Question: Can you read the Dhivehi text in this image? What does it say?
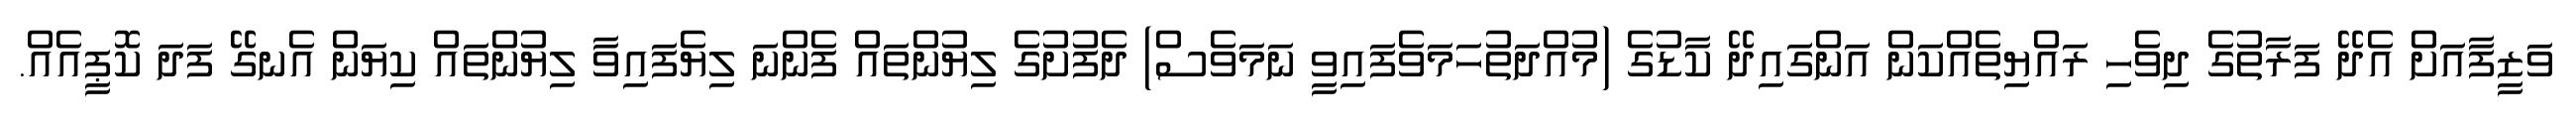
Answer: ވަޒީފާއަށް އެދޭ ފަރާތުގެ ދިވެހި ރައްޔިތެއްކަން އަންގައިދޭ ކާޑުގެ (މުއްދަތުހަމަވެފައިވީ ނަމަވެސް) ދެފުށުގެ ލިޔުންތައް ފެންނަ ލިޔެފައިވާ ލިޔުންތައް ކިޔަން އެނގޭ ފަދަ ކޮޕީއެއް.